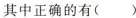
其中正确的有（ ）